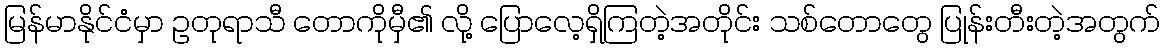
မြန်မာနိုင်ငံမှာ ဥတုရာသီ တောကိုမှီ၏ လို့ ပြောလေ့ရှိကြတဲ့အတိုင်း သစ်တောတွေ ပြုန်းတီးတဲ့အတွက်